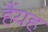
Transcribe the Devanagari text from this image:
हैंयह